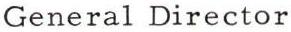
General Director